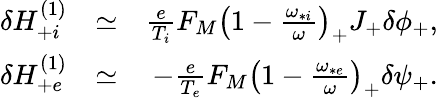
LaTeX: \begin{array}{rlr}{\delta H_{+i}^{(1)}}&{\simeq}&{\frac{e}{T_{i}}F_{M}\left(1-\frac{\omega_{*i}}{\omega}\right)_{+}J_{+}\delta\phi_{+},}\\ {\delta H_{+e}^{(1)}}&{\simeq}&{-\frac{e}{T_{e}}F_{M}\left(1-\frac{\omega_{*e}}{\omega}\right)_{+}\delta\psi_{+}.}\end{array}